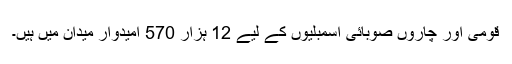
قومی اور چاروں صوبائی اسمبلیوں کے لیے 12 ہزار 570 امیدوار میدان میں ہیں۔